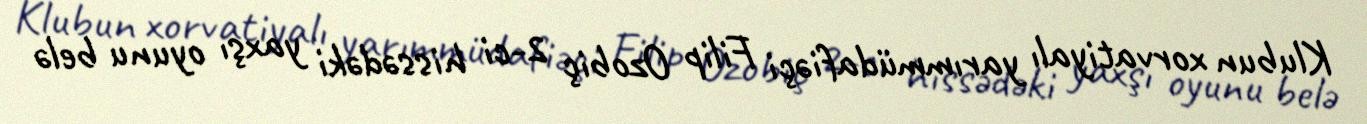
Klubun xorvatiyalı yarımmüdafiəçi Filip Ozobiç 2-ci hissədəki yaxşı oyunu belə